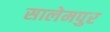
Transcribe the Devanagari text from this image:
सालेमपुर